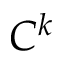
C ^ { k }